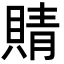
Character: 䝼